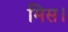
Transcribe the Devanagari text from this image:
मिस।